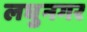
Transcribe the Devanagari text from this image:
लघुनगर